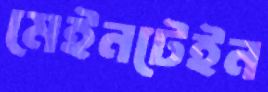
মেইনটেইন